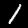
Digit: 1